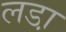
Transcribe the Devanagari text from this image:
लडा़